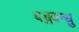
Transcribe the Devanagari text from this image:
बङ्गबन्धु